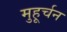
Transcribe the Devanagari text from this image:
मुहूर्चन